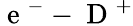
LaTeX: \mathrm{~e~}^{-}-\mathrm{~D~}^{+}